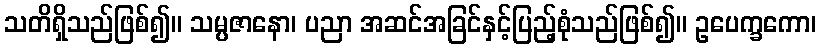
သတိရှိသည်ဖြစ်၍။ သမ္ပဇာနော၊ ပညာ အဆင်အခြင်နှင့်ပြည့်စုံသည်ဖြစ်၍။ ဥပေက္ခကော၊